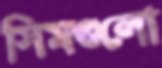
সিমগুলো